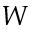
W